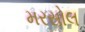
મરસોલ